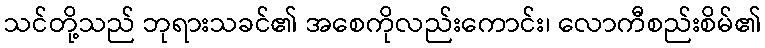
သင်တို့သည် ဘုရားသခင်၏ အစေကိုလည်းကောင်း၊ လောကီစည်းစိမ်၏